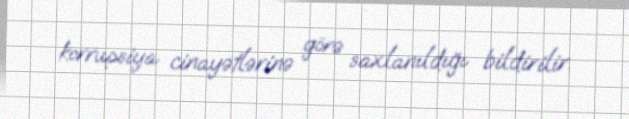
korrupsiya cinayətlərinə görə saxlanıldığı bildirilir.